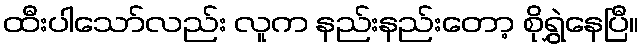
ထီးပါသော်လည်း လူက နည်းနည်းတော့ စိုရွှဲနေပြီ။